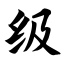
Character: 级